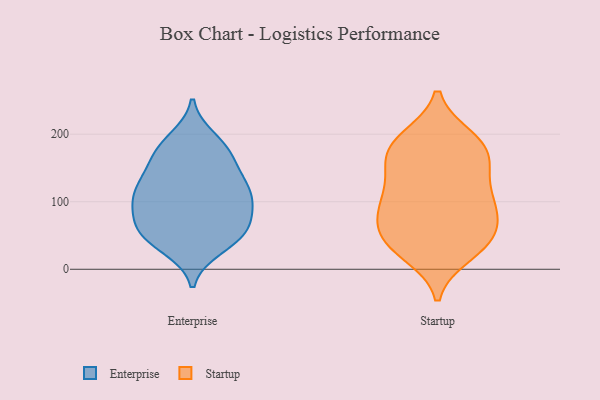
{"axis": {"x": "Market Share (%)", "y": "Value"}, "legend": ["Enterprise", "Startup"], "data": [{"x": "", "y": 173, "type": "Enterprise"}, {"x": "", "y": 142, "type": "Enterprise"}, {"x": "", "y": 171, "type": "Enterprise"}, {"x": "", "y": 99, "type": "Enterprise"}, {"x": "", "y": 54, "type": "Enterprise"}, {"x": "", "y": 81, "type": "Enterprise"}, {"x": "", "y": 125, "type": "Enterprise"}, {"x": "", "y": 44, "type": "Enterprise"}, {"x": "", "y": 125, "type": "Enterprise"}, {"x": "", "y": 111, "type": "Enterprise"}, {"x": "", "y": 192, "type": "Enterprise"}, {"x": "", "y": 33, "type": "Enterprise"}, {"x": "", "y": 51, "type": "Enterprise"}, {"x": "", "y": 100, "type": "Enterprise"}, {"x": "", "y": 57, "type": "Enterprise"}, {"x": "", "y": 113, "type": "Enterprise"}, {"x": "", "y": 69, "type": "Enterprise"}, {"x": "", "y": 176, "type": "Enterprise"}, {"x": "", "y": 30, "type": "Startup"}, {"x": "", "y": 45, "type": "Startup"}, {"x": "", "y": 159, "type": "Startup"}, {"x": "", "y": 194, "type": "Startup"}, {"x": "", "y": 188, "type": "Startup"}, {"x": "", "y": 108, "type": "Startup"}, {"x": "", "y": 93, "type": "Startup"}, {"x": "", "y": 41, "type": "Startup"}, {"x": "", "y": 124, "type": "Startup"}, {"x": "", "y": 160, "type": "Startup"}, {"x": "", "y": 81, "type": "Startup"}, {"x": "", "y": 178, "type": "Startup"}, {"x": "", "y": 96, "type": "Startup"}, {"x": "", "y": 23, "type": "Startup"}, {"x": "", "y": 53, "type": "Startup"}, {"x": "", "y": 51, "type": "Startup"}, {"x": "", "y": 150, "type": "Startup"}, {"x": "", "y": 91, "type": "Startup"}, {"x": "", "y": 190, "type": "Startup"}]}